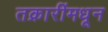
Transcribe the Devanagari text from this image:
तक्रारींमधून